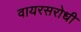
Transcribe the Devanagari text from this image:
वायरसरोधी